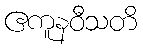
ဧကူနဝီသတိ